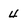
Character: 4